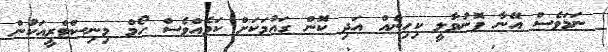
ނަމަވެސް އޭނާ ފޮނުވާލީ ކިހިނެއް އަދި ކޮން ގައުމަކަށް ކަމެއްވެސް ހޯމް މިނިސްޓްރީއަކުން